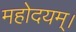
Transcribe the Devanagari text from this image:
महोदयम्।